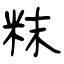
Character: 粖